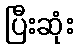
ပြီးဆုံး